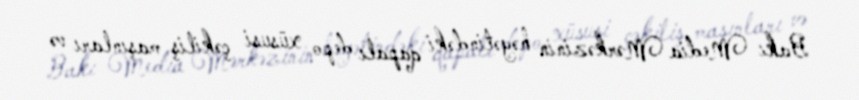
Bakı Media Mərkəzinin həyətindəki qapalı depo xüsusi çəkiliş maşınları və